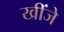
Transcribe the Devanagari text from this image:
खींजे